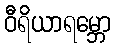
ဝီရိယာရမ္ဘော